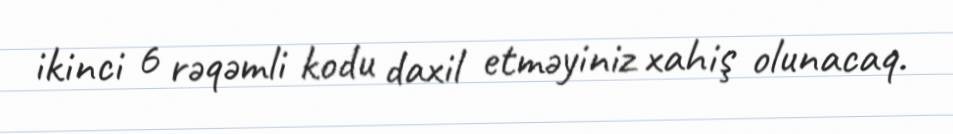
ikinci 6 rəqəmli kodu daxil etməyiniz xahiş olunacaq.